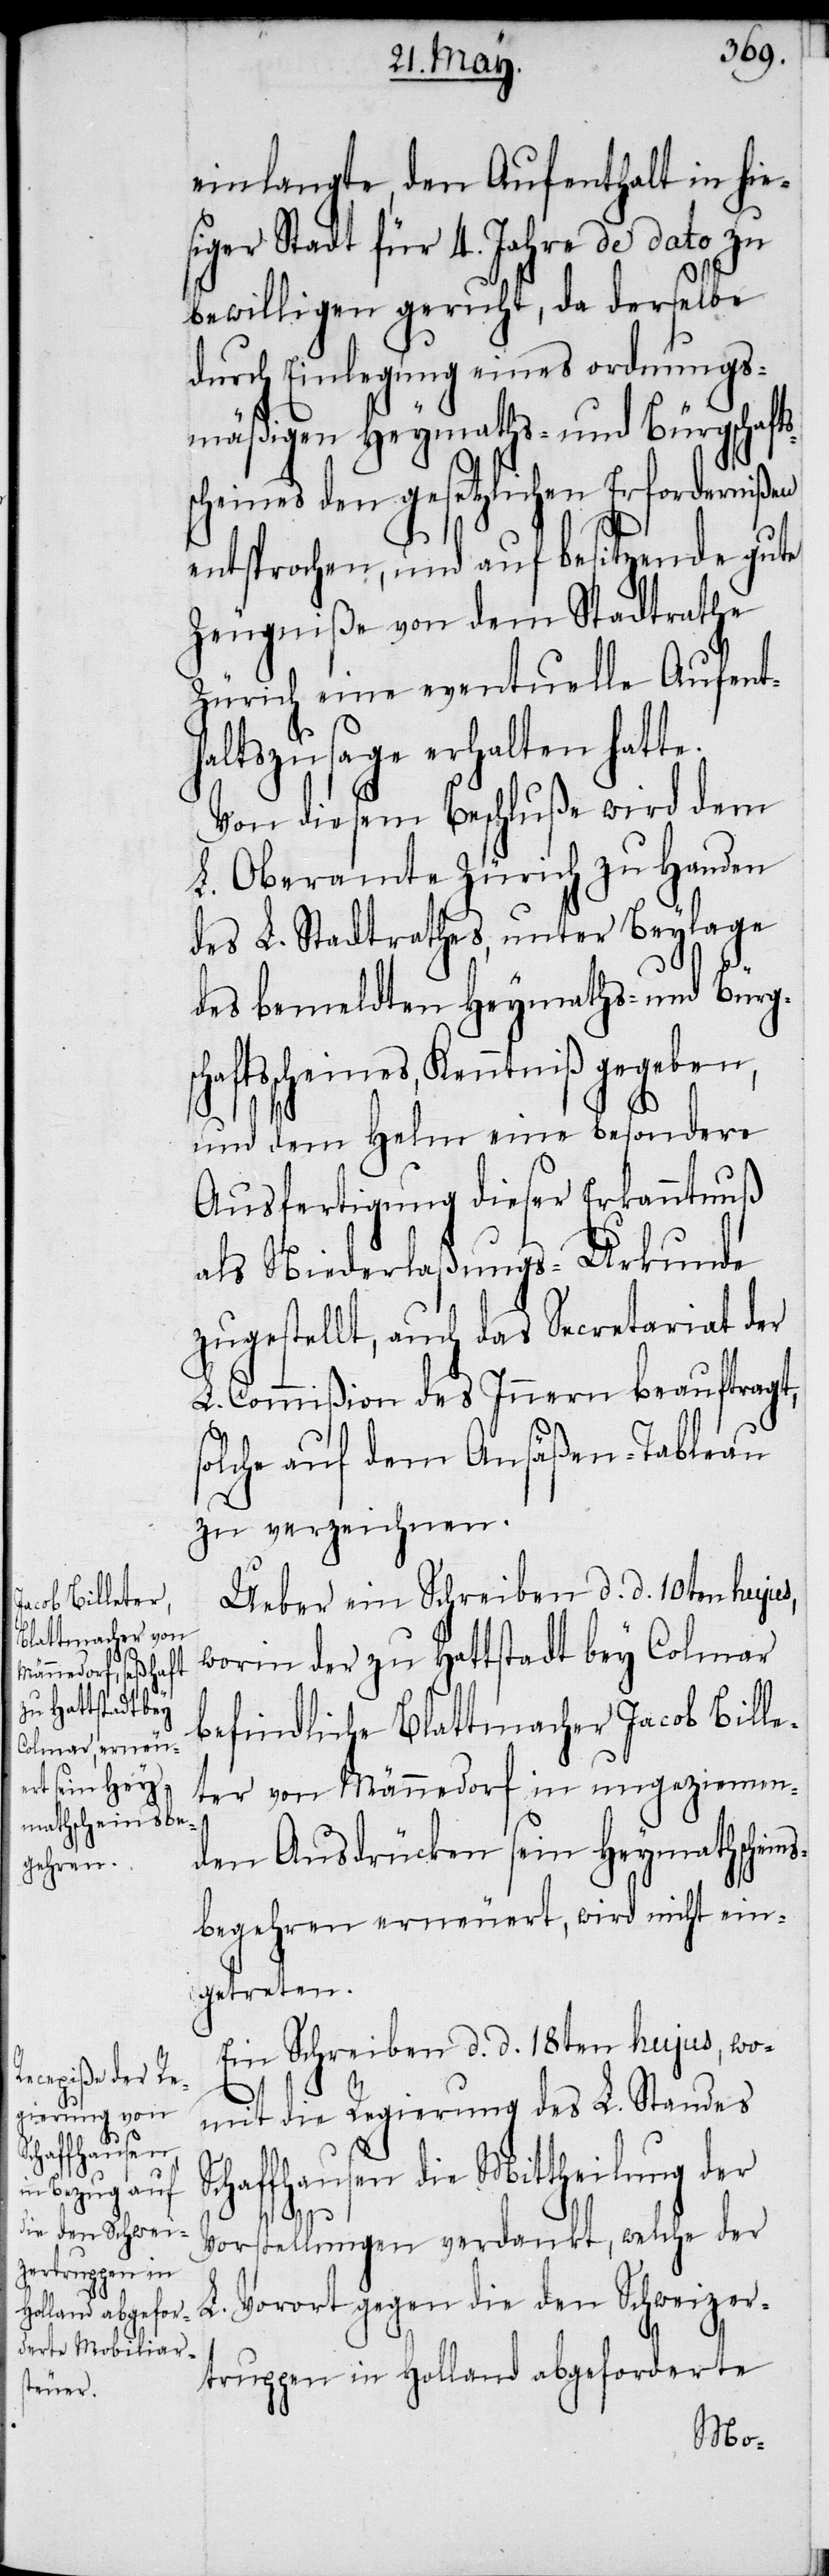
einlangte, den Aufenthalt in hies¬
iger Stadt für 4. Jahre de dato zu
bewilligen geruht, da derselbe
durch Einlegung eines ordnungs¬
mäßigen Heymaths- und Bürgschafts¬
scheines den gesetzlichen Erfordernißen
entsprochen, und auf besitzende gute
Zeugniße von dem Stadtrathe
Zürich eine eventuelle Aufenth¬
altszusage erhalten hatte.
Von diesem Beschluße wird dem
L. Oberamte Zürich zu Handen
des L. Stadtrathes, unter Beylage
des bemeldten Heymaths- und Bürg¬
ftsscheines, Kenntniß gegeben,
und dem Helm eine besondere
Ausfertigung dieser Erkanntnuß
als Niederlaßungs-Urkunde
zugestellt, auch das Secretariat der
L. Commißion des Innern beauftragt,
solche auf dem Ansäßen-Tableau
zu verzeichnen.
Ueber ein Schreiben d. d. 10ten hujus,
worin der zu Hattstadt bey Colmar
befindliche Blattmacher Jacob Bille¬
ter von Männedorf in ungeziemen¬
den Ausdrücken sein Heymathschei¬
begehren erneuert, wird nicht ein¬
getreten.
Ein Schreiben d. d. 18ten hujus, wo¬
mit die Regierung des L. Standes
Schaffhausen die Mittheilung der
ns¬
Vorstellungen verdankt, welche der
L. Vorort gegen die den Schweizer¬
truppen in Holland abgeforderte